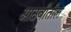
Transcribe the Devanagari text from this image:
आठवीतील